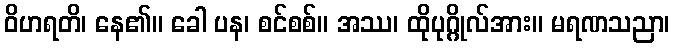
ဝိဟရတိ၊ နေ၏။ ခေါ ပန၊ စင်စစ်။ အဿ၊ ထိုပုဂ္ဂိုလ်အား။ မရဏသညာ၊